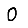
Digit: 0